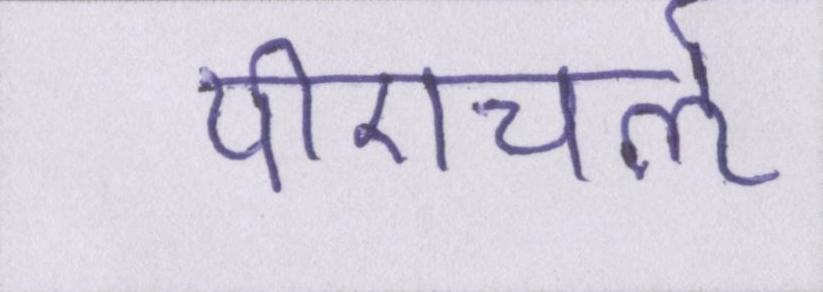
पीएचर्ऌ